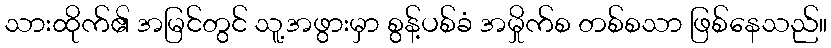
သားထိုက်၏ အမြင်တွင် သူ့အဖွားမှာ စွန့်ပစ်ခံ အမှိုက်စ တစ်စသာ ဖြစ်နေသည်။